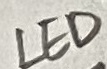
Text: LED